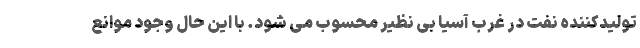
تولیدکننده نفت در غرب آسیا بی نظیر محسوب می شود. با این حال وجود موانع